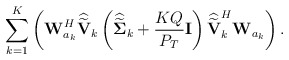
\begin{align*}\sum_{k=1}^K \left(\mathbf{W}_{a_k}^H\widehat{\widetilde{\mathbf{V}}}_k\left(\widehat{\widetilde{\boldsymbol{\Sigma}}}_k + \frac{KQ}{P_{T}}\mathbf{I} \right)\widehat{\widetilde{\mathbf{V}}}_k^H\mathbf{W}_{a_k} \right).\end{align*}